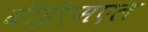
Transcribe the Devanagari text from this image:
बीईएमएल